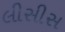
લીસીસ